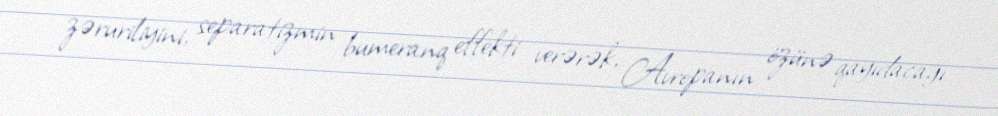
zəruriliyini, separatizmin bumeranq effekti verərək, Avropanın özünə qayıdacağı